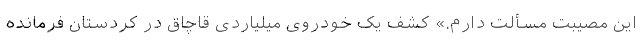
این مصیبت مسألت دارم.» کشف یک خودروی میلیاردی قاچاق در کردستان فرمانده